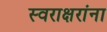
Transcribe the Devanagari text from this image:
स्वराक्षरांना